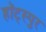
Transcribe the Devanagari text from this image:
हॉट्स्पुर